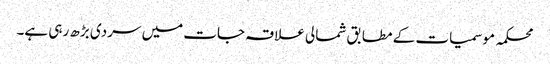
محکمہ موسمیات کے مطابق شمالی علاقہ جات میں سردی بڑھ رہی ہے۔